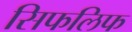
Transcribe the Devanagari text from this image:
सिफलिफ